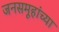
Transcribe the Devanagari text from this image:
जनसमूहांच्या